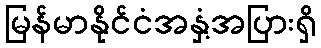
မြန်မာနိုင်ငံအနှံ့အပြားရှိ